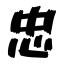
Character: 忠